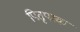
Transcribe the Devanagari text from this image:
पितृपरक